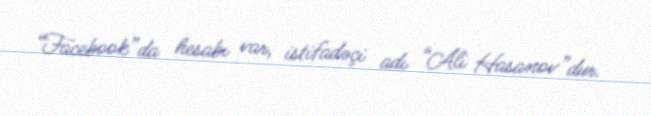
“Facebook”da hesabı var, istifadəçi adı “Ali Hasanov”dur.